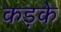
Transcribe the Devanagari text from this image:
कड़के